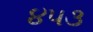
૪૫૩